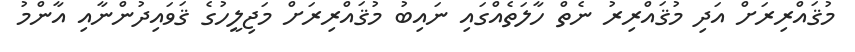
މުޤައްރިރަށް އަދި މުޤައްރިރު ނެތް ހާލަތެއްގައި ނައިބު މުޤައްރިރަށް މަޖިލީހުގެ ޤަވައިދުންނާއި އާންމު